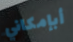
أبإمكاني